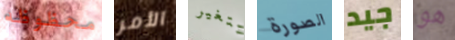
محظوظه الأمر تتغير الصورة جيد هو